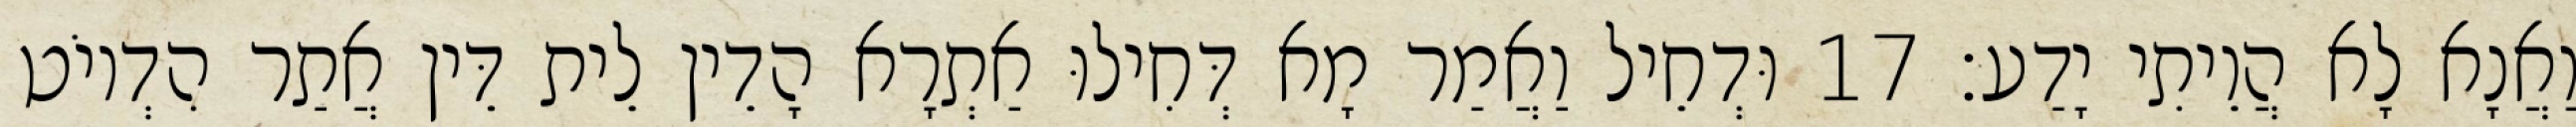
וַאֲנָא לָא הֲוֵיתִי יָדַע׃ 17 וּדְחֵיל וַאֲמַר מָא דְּחִילוּ אַתְרָא הָדֵין לֵית דֵּין אֲתַר הִדְיוֹט